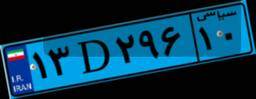
۱۳D۲۹۶۱۰